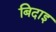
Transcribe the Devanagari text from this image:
बिदाइ